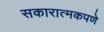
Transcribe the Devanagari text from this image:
सकारात्मकपणे